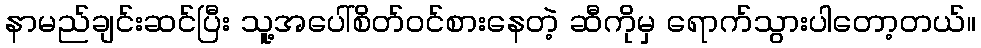
နာမည်ချင်းဆင်ပြီး သူ့အပေါ်စိတ်ဝင်စားနေတဲ့ ဆီကိုမှ ရောက်သွားပါတော့တယ်။